Vaccination in the Punjab 1919-1929 - 1919-1929
Year: 1919
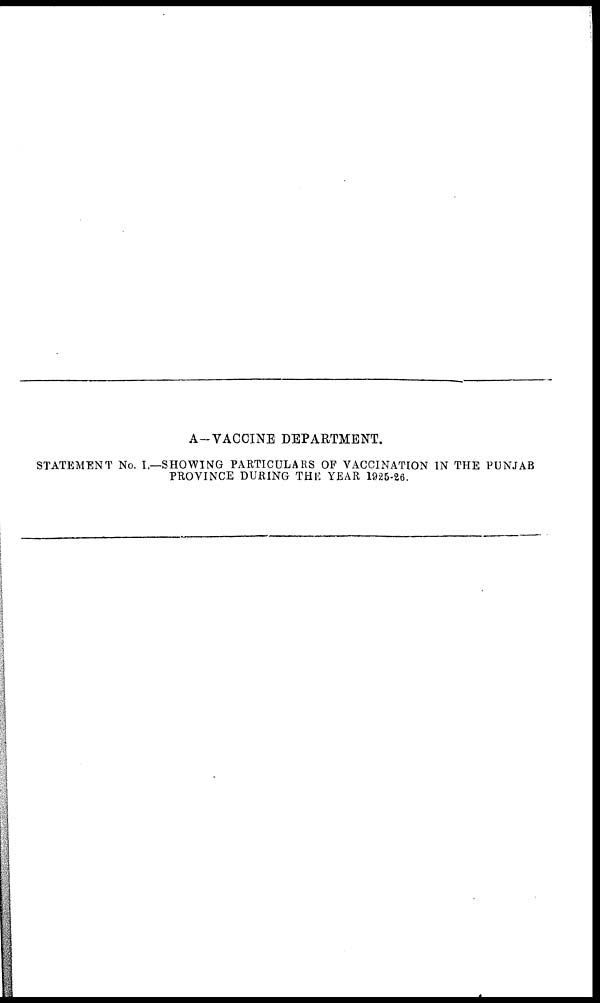
A-VACCINE DEPARTMENT.
STATEMENT No. I.—SHOWING PARTICULARS OF VACCINATION IN THE PUNJAB
PROVINCE DURING THE YEAR 1925-26.